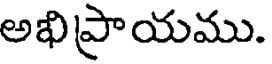
అభిప్రాయము.